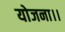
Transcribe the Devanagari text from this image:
योजना।।